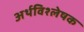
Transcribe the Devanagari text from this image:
अर्थविश्लेषक